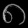
Digit: ၈